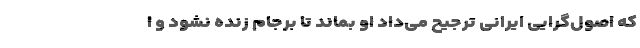
که اصول‌گرایی ایرانی ترجیح می‌داد او بماند تا برجام زنده نشود و ا